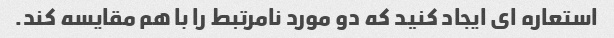
استعاره ای ایجاد کنید که دو مورد نامرتبط را با هم مقایسه کند.